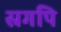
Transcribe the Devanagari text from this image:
स्रगपि